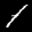
Label: 1